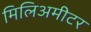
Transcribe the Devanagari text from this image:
मिलिअमीटर